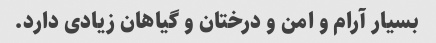
بسیار آرام و امن و درختان و گیاهان زیادی دارد.